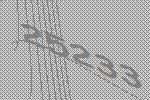
25233